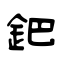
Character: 鈀